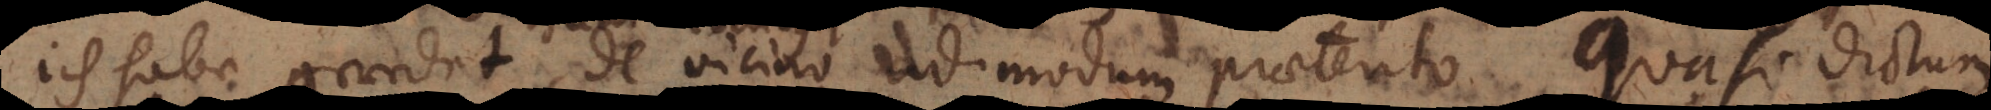
ich habe geredet, de vicino admodum praeterito, quasi dictum